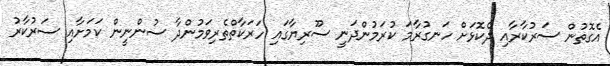
އެގޮތުން ސަރުކާރާއި ދެކޮޅަށް ހަނގުރާމަ ކުރަމުންދަނީ ސޫރިޔާގައި ހަރަކާތްތެރިވަމުންދާ ސުންނީން ކަމަށާއި ސަރުކާރު